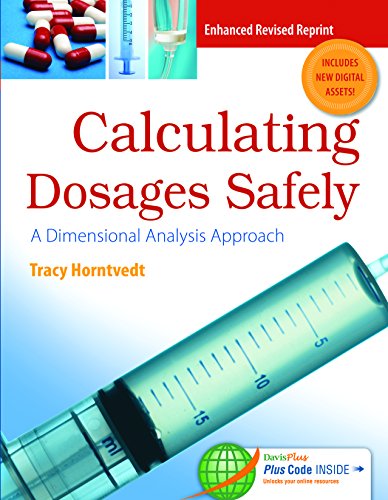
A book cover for Calculating Dosages Safely: A Dimensional Analysis Approach (DavisPlus); Tracy Horntvedt RN  MSN  BA; Medical Books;